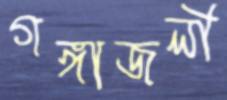
গঙ্গাজলী